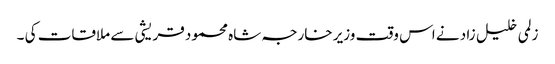
زلمی خلیل زاد نے اس وقت وزیر خارجہ شاہ محمود قریشی سے ملاقات کی ۔